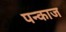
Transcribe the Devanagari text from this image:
पन्काज